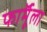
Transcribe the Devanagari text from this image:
फाॅर्मूला